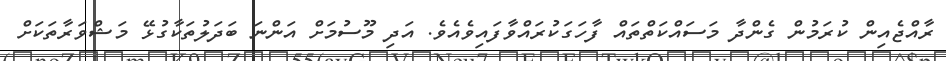
ރާއްޖެއިން ކުރަމުން ގެންދާ މަސައްކަތްތައް ފާހަގަކުރައްވާފައިވެއެވެ. އަދި މޫސުމަށް އަންނަ ބަދަލުތަކާގުޅޭ މަޝްވަރާތަކަށް